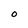
Character: O